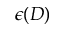
\epsilon ( D )